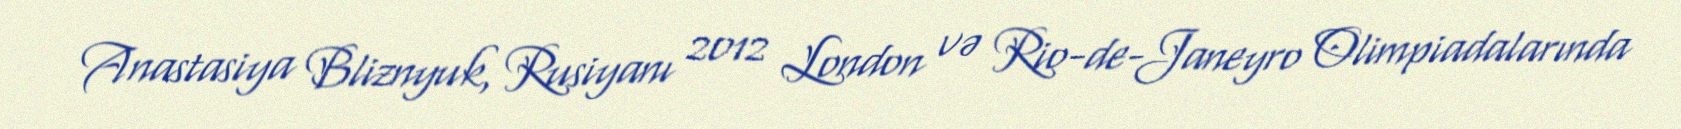
Anastasiya Bliznyuk, Rusiyanı 2012 London və Rio-de-Janeyro Olimpiadalarında